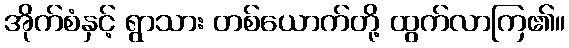
အိုက်စံနှင့် ရွာသား တစ်ယောက်တို့ ထွက်လာကြ၏။